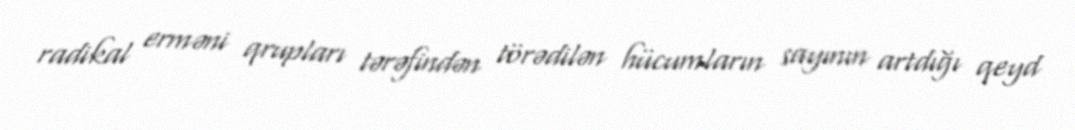
radikal erməni qrupları tərəfindən törədilən hücumların sayının artdığı qeyd